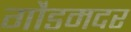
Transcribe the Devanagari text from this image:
गौडमदर